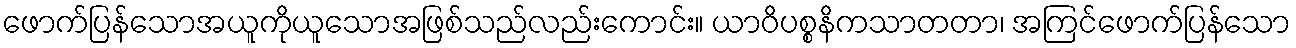
ဖောက်ပြန်သောအယူကိုယူသောအဖြစ်သည်လည်းကောင်း။ ယာဝိပစ္စနိကသာတတာ၊ အကြင်ဖောက်ပြန်သော